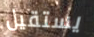
يستقيل